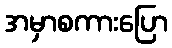
အမှာစကားပြော